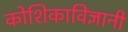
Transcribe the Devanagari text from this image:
कोशिकाविज्ञानी